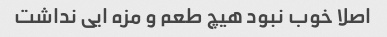
اصلا خوب نبود هیچ طعم و مزه ایی نداشت